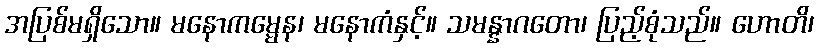
အပြစ်မရှိသော။ မနောကမ္မေန၊ မနောကံနှင့်။ သမန္နာဂတော၊ ပြည့်စုံသည်။ ဟောတိ၊